Civil Veterinary Dept. Assam report 1927-50 - 1927-1950
Year: 1927
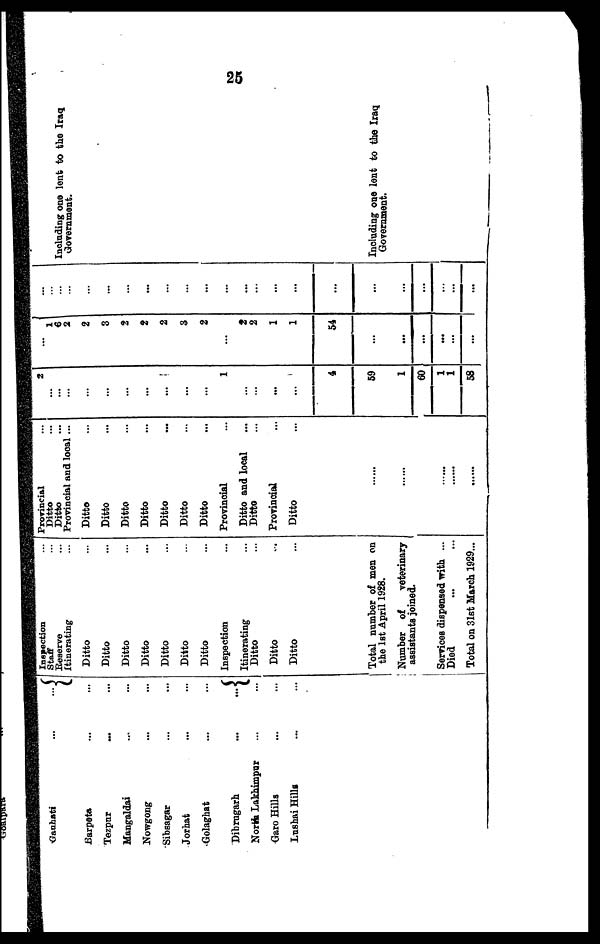
25
Gauhati
...
...
Barpeta ... ...
Tezpur ... ...
Mangaldai ... ...
Nowgong ... ...
Sibsagar ... ...
Jorhat ... ...
Golaghat ... ...
Dibrugarh
...
...
North Lakhimpur ... ...
Garo Hills ... ...
Lushai Hills .... ...
Inspection ...
Staff ...
Reserve ...
Itinerating ...
Ditto ...
Ditto ...
Ditto ...
Ditto ...
Ditto ...
Ditto ...
Ditto ...
Inspection ...
Itinerating ...
Ditto ...
Ditto ...
Ditto ...
Total number of men on
the 1st April 1928.
Number of
veterinary
assistants joined.
Services dispensed with ...
Died
Total on 31st March 1929...
Provincial
...
Ditto ...
Ditto ...
Provincial and local ...
Ditto...
Ditto ...
Ditto ...
Ditto ...
Ditto ...
Ditto ...
Ditto ...
Provincial ...
Ditto and local ...
Ditto ...
Provincial ...
Ditto ...
2
...
...
...
...
...
...
...
...
...
...
1
...
...
...
...
4
59
1
60
1
1
58
... 1
6 2
2
3
2
2
2
3
2
...
2
2
1
1
54
...
...
...
...
...
...
...
...
... ...
...
...
...
...
...
...
...
...
...
...
...
...
...
...
...
...
...
... ...
Including one lent to the Iraq
Government.
Including one lent to the Iraq
Government.